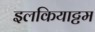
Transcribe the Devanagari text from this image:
इलकियाट्टम